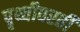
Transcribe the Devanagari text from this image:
पृथ्वीवरती